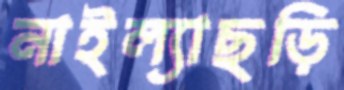
নাইল্যাছড়ি